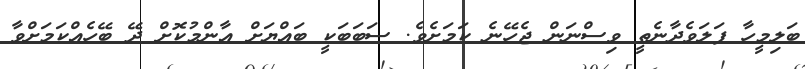
ބަލިމީހާ ފަލަވެދާނެތީ ވިސްނަން ޖެހޭނެ ކަމަށެވެ. ސަބަބަކީ ބައްޔަށް އާންމުކޮށް ދޭ ބޭހެއްކަމަށްވާ